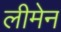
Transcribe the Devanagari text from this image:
लीमेन